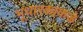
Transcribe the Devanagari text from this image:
भूधारकांकडे